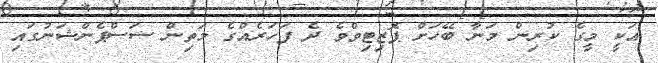
އަކީ މީގެ ކުރިން މަނާ ބޭހަށް ޕޮޒިޓިވްވެ ދެ ފަހަރެއްގެ މަތިން ސަސްޕެންޝަނުގައި